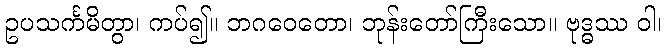
ဥပသင်္ကမိတွာ၊ ကပ်၍။ ဘဂဝေတော၊ ဘုန်းတော်ကြီးသော။ ဗုဒ္ဓဿ ဝါ၊